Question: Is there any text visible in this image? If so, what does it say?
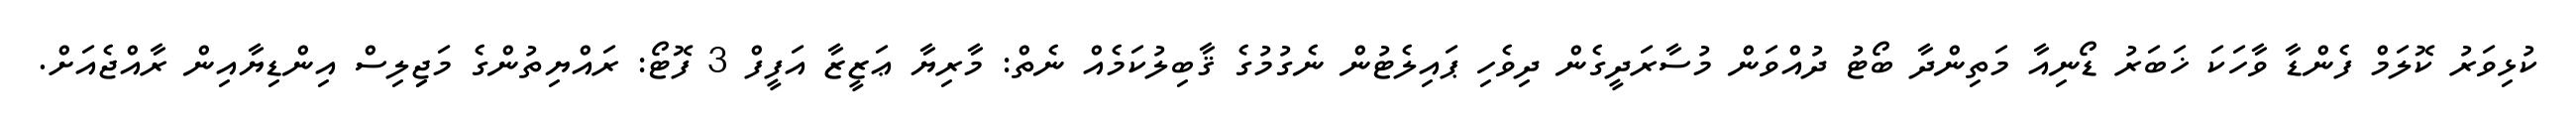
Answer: ކުޅިވަރު ކޮލަމް ފެންޑާ ވާހަކަ ޚަބަރު ޑޯނިއާ މަތިންދާ ބޯޓު ދުއްވަން މުސާރަދީގެން ދިވެހި ޕައިލެޓުން ނެގުމުގެ ޤާބިލުކަމެއް ނެތް: މާރިޔާ ޢަޒީޒާ އަފީފް 3 ފޮޓޯ: ރައްޔިތުންގެ މަޖިިލިސް އިންޑިޔާއިން ރާއްޖެއަށް.